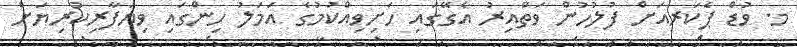
މ. ވުޑް ޕެކަރއަށް ފުލުހުން ވަތްއިރު އެގޭގައި ހަށިވިއްކުމުގެ އަމަލު ހިންގައި ވިޔަފާރިކުރިޔަށް